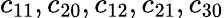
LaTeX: c_{11},c_{20},c_{12},c_{21},c_{30}